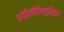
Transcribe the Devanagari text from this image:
आईसोलियूसिन